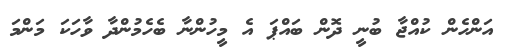
އަންހެން ކުއްޖާ ބުނީ ދޮން ބައްޕަ އެ މީހުންނާ ބެހެމުންދާ ވާހަކަ މަންމަ